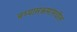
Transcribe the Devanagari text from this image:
अभ्यासक्रमांमधील